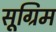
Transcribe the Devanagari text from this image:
सूग्रिम